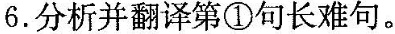
6. 分析并翻译第 ① 句长难句。